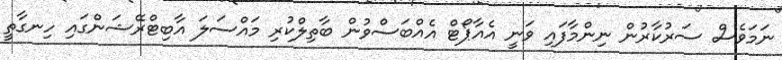
ނަމަވެސް ސަރުކާރުން ނިންމާފައި ވަނީ އެއާޕޯޓް އެއްބަސްވުން ބާތިލްކުރި މައްސަލަ އާބިޓްރޭޝަންގައި ހިނގާތީ